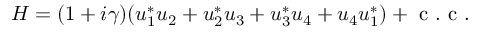
H = ( 1 + i \gamma ) ( { u _ { 1 } ^ { * } } u _ { 2 } + { u _ { 2 } ^ { * } } u _ { 3 } + { u _ { 3 } ^ { * } } u _ { 4 } + u _ { 4 } { u _ { 1 } ^ { * } } ) + \mathrm { ~ c ~ . ~ c ~ . ~ }